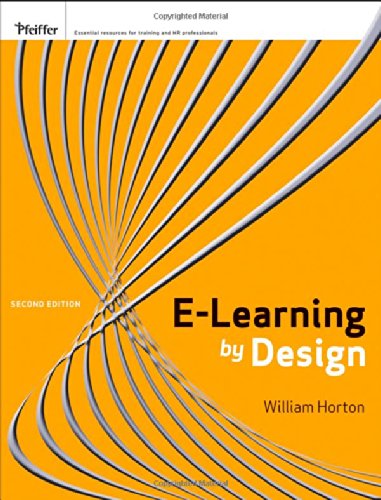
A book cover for e-Learning by Design; William Horton; Business & Money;